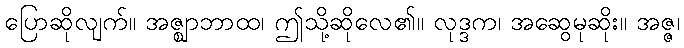
ပြောဆိုလျက်။ အဇ္ဈာဘာထ၊ ဤသို့ဆိုလေ၏။ လုဒ္ဒက၊ အဆွေမုဆိုး။ အဇ္ဇ၊